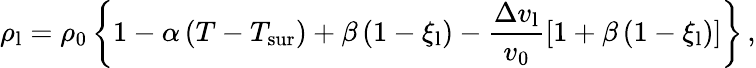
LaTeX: \rho_{\mathrm{l}}=\rho_{\mathrm{0}}\left\{ 1-\alpha\left(T-T_{\mathrm{sur}}\right)+\beta\left(1-\xi_{\mathrm{l}}\right)-\frac{\Delta v_{\mathrm{l}}}{v_{\mathrm{0}}}\left[1+\beta\left(1-\xi_{\mathrm{l}}\right)\right]\right\} \, ,